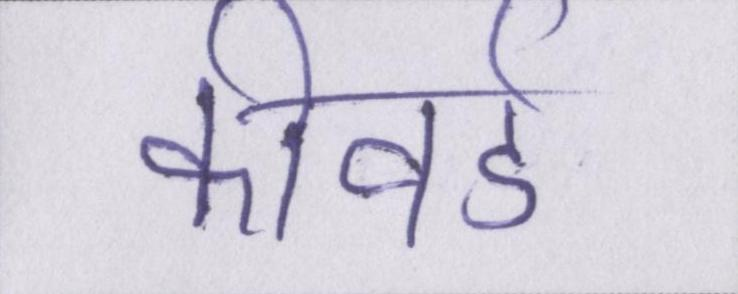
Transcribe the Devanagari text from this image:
कीवर्ड